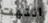
انتهت